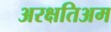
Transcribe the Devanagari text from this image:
अरक्षतिअम